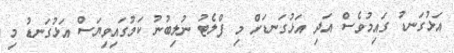
އަޅުގަނޑު ގައިމުވެސް އަދި އަޅުގަނޑަށް މި ފްލެޓު ނުލިބުނު ކަމުގައިވިޔަސް އަޅުގަނޑު މި